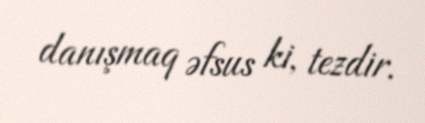
danışmaq əfsus ki, tezdir.